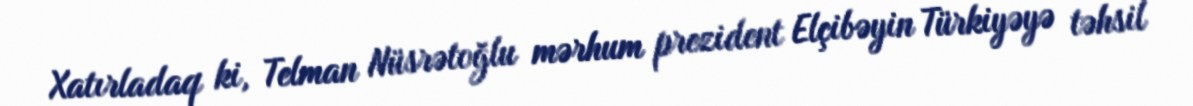
Xatırladaq ki, Telman Nüsrətoğlu mərhum prezident Elçibəyin Türkiyəyə təhsil